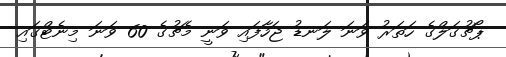
ޕޯޗުގަލްގެ ހަތަރު ވަނަ ލަނޑު ޖަހާފައި ވަނީ މެޗުގެ 60 ވަނަ މިނެޓްގައި